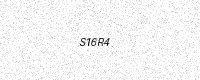
Text: S16R4